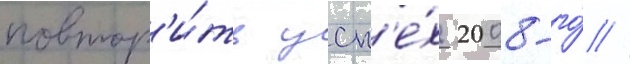
повтор'и́ть усп'е́х 2008-го́ //